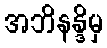
အဘိနန္ဒိမှ